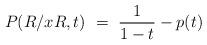
LaTeX: \begin{align*}P(R/xR,t)\ =\ \frac{1}{1-t} - p(t)\end{align*}